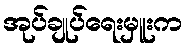
အုပ်ချုပ်ရေးမှူးက